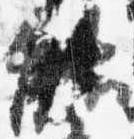
能